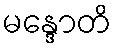
မန္ဒောတိ